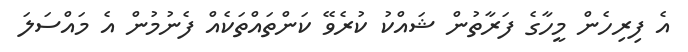
އެ ފިރިހެން މީހާގެ ފަރާތުން ޝައްކު ކުރެވޭ ކަންތައްތަކެއް ފެނުމުން އެ މައްސަލަ